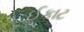
ઈકાટ